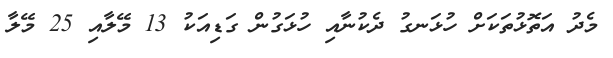
މެދު އަތޮޅުތަކަށް ހުޅަނގު ދެކުނާއި ހުޅަގުން ގަޑިއަކު 13 މޭލާއި 25 މޭލާ